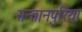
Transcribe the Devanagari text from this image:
सन्तानपुरिया